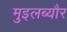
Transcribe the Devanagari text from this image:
मुइलब्यौर